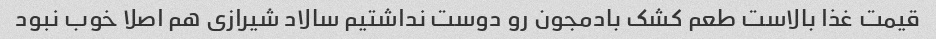
قیمت غذا بالاست طعم کشک بادمجون رو دوست نداشتیم سالاد شیرازی هم اصلا خوب نبود